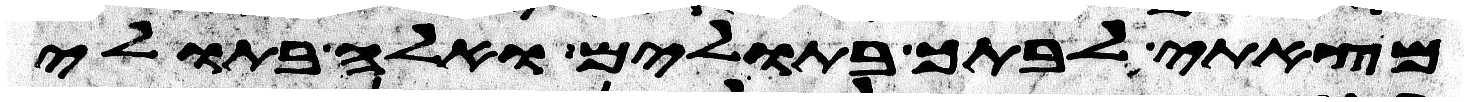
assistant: מצאתי לבתך בתולים ואלה בתולי